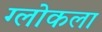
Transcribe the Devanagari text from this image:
ग्लोकला